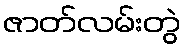
ဇာတ်လမ်းတွဲ